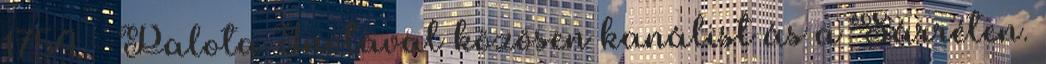
1754. – Palota Inotával közösen kanálist ás a Sárréten.